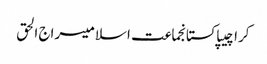
کراچیپاکستانجماعت اسلامیسراج الحق